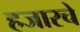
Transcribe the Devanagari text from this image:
हजारचे